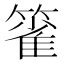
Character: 𰪖